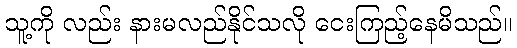
သူ့ကို လည်း နားမလည်နိုင်သလို ငေးကြည့်နေမိသည်။